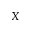
X